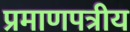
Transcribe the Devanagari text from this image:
प्रमाणपत्रीय